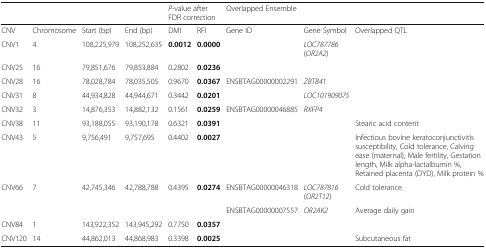
|  |  |  |  | <COLSPAN=2> P-value after FDR correction | Overlapped Ensemble |  |  |
 | --- | --- | --- | --- | --- | --- | --- | --- | --- |
 | CNV | Chromosome | Start (bp) | End (bp) | DMI | RFI | Gene ID | Gene Symbol | Overlapped QTL |
 | CNV1 | 4 | 108,225,979 | 108,252,635 | 0.0012 | 0.0000 |  | LOC787786 (OR2A2) |  |
 | CNV25 | 16 | 79,851,676 | 79,853,884 | 0.2802 | 0.0236 |  |  |  |
 | CNV28 | 16 | 78,028,784 | 78,035,505 | 0.9670 | 0.0367 | ENSBTAG00000002291 | ZBTB41 |  |
 | CNV31 | 8 | 44,934,828 | 44,944,671 | 0.3442 | 0.0201 |  | LOC101909075 |  |
 | CNV32 | 3 | 14,876,353 | 14,882,132 | 0.1561 | 0.0259 | ENSBTAG00000046885 | RXFP4 |  |
 | CNV38 | 11 | 93,188,055 | 93,190,178 | 0.6321 | 0.0391 |  |  | Stearic acid content |
 | CNV43 | 5 | 9,756,491 | 9,757,695 | 0.4402 | 0.0027 |  |  | Infectious bovine keratoconjunctivitis susceptibility, Cold tolerance, Calving ease (maternal), Male fertility, Gestation length, Milk alpha-lactalbumin %, Retained placenta (DYD), Milk protein % |
 | CNV66 | 7 | 42,745,346 | 42,788,788 | 0.4395 | 0.0274 | ENSBTAG00000046318 | LOC787816 (OR2T12) | Cold tolerance |
 |  |  |  |  |  |  | ENSBTAG00000007557 | OR2AK2 | Average daily gain |
 | CNV84 | 1 | 143,922,352 | 143,945,292 | 0.7750 | 0.0357 |  |  |  |
 | CNV120 | 14 | 44,862,013 | 44,868,983 | 0.3398 | 0.0025 |  |  | Subcutaneous fat |